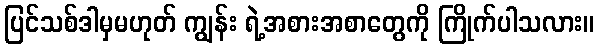
ပြင်သစ်ဒါမှမဟုတ် ကျွန်း ရဲ့အစားအစာတွေကို ကြိုက်ပါသလား။